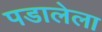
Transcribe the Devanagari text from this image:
पडालेला